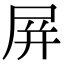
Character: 屏